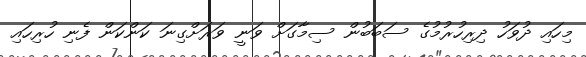
މިހައި ދުވަހު ދިރިހުރުމުގެ ސަބަބުން ސިމާގަށް ވަނީ ވަރަށްގިނަ ކަންކަން ފެނި ހުރިހައި